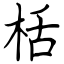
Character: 栝